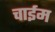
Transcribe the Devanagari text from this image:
चाईम